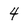
Character: 4